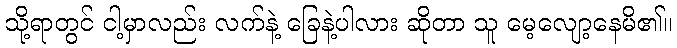
သို့ရာတွင် ငါ့မှာလည်း လက်နဲ့ ခြေနဲ့ပါလား ဆိုတာ သူ မေ့လျော့နေမိ၏။